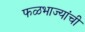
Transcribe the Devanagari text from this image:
फळभाज्यांची